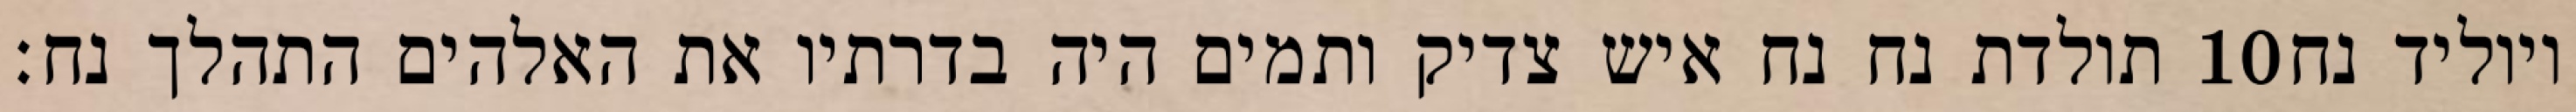
תולדת נח נח איש צדיק ותמים היה בדרתיו את האלהים התהלך נח׃ ‎10‏ ויוליד נח